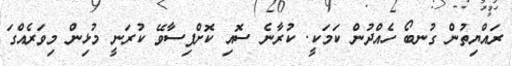
ރައްޔިތުން ގުނބޯ ހެއްދުން ކަމަކީ. ކުރާނެ ސޮއި ކޮށްފިސާވޭ ކުރަނީ މުޅިން މިވަރެއްގަ